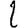
Digit: 2